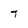
Character: T